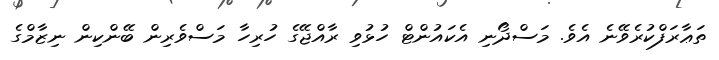
ތަޢާރަފްކުރެވޭނެ އެވެ. މަސްދޯނި އެކައުންޓް ހުޅުވި ރާއްޖޭގެ ހުރިހާ މަސްވެރިން ބޭންކިން ނިޒާމްގެ